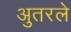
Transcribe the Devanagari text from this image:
अुतरले